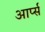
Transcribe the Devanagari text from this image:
आर्प्स